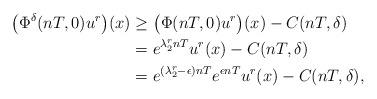
LaTeX: \begin{align*}\big(\Phi^\delta(nT, 0)u^r\big)(x)&\geq \big(\Phi(nT, 0)u^r\big)(x)-C(nT,\delta)\\&=e^{\lambda_2^rnT}u^r(x)-C(nT,\delta)\\&=e^{(\lambda_2^r-\epsilon)nT} e^{\epsilon nT} u^r(x)-C(nT,\delta),\end{align*}